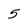
Character: 5